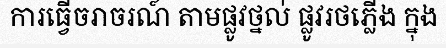
ការធ្វើចរាចរណ៍ តាមផ្លូវថ្នល់ ផ្លូវរថភ្លើង ក្នុង